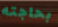
بحاجته